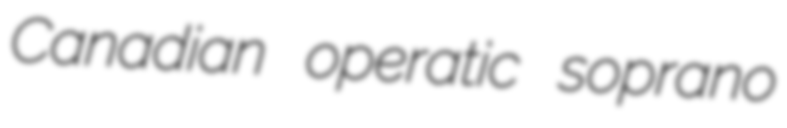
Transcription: Canadian operatic soprano